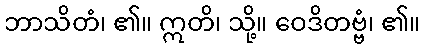
ဘာသိတံ၊ ၏။ ဣတိ၊ သို့။ ဝေဒိတဗ္ဗံ၊ ၏။